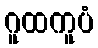
ဂူထကူပံ